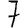
Digit: 7